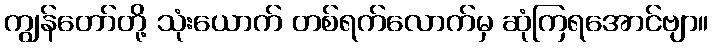
ကျွန်တော်တို့ သုံးယောက် တစ်ရက်လောက်မှ ဆုံကြရအောင်ဗျာ။